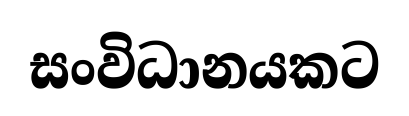
සංවිධානයකට